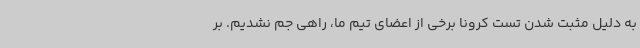
به دلیل مثبت شدن تست کرونا برخی از اعضای تیم ما، راهی جم نشدیم. بر